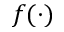
f ( \cdot )